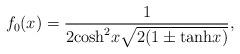
LaTeX: \begin{align*}f_0(x)=\frac{1}{2{\rm cosh}^2x\sqrt{2(1\pm{\rm tanh}x)}} ,\end{align*}